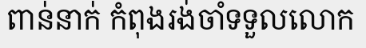
ពាន់នាក់ កំពុងរង់ចាំទទួលលោក